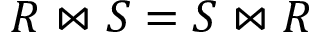
R \bowtie S = S \bowtie R